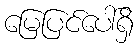
မြေပြင်ပေါ်ရှိ